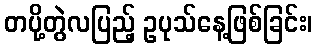
တပို့တွဲလပြည့် ဥပုသ်နေ့ဖြစ်ခြင်း၊